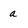
Character: a